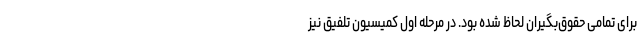
برای تمامی حقوق‌بگیران لحاظ شده بود. در مرحله اول کمیسیون تلفیق نیز